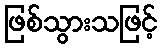
ဖြစ်သွားသဖြင့်